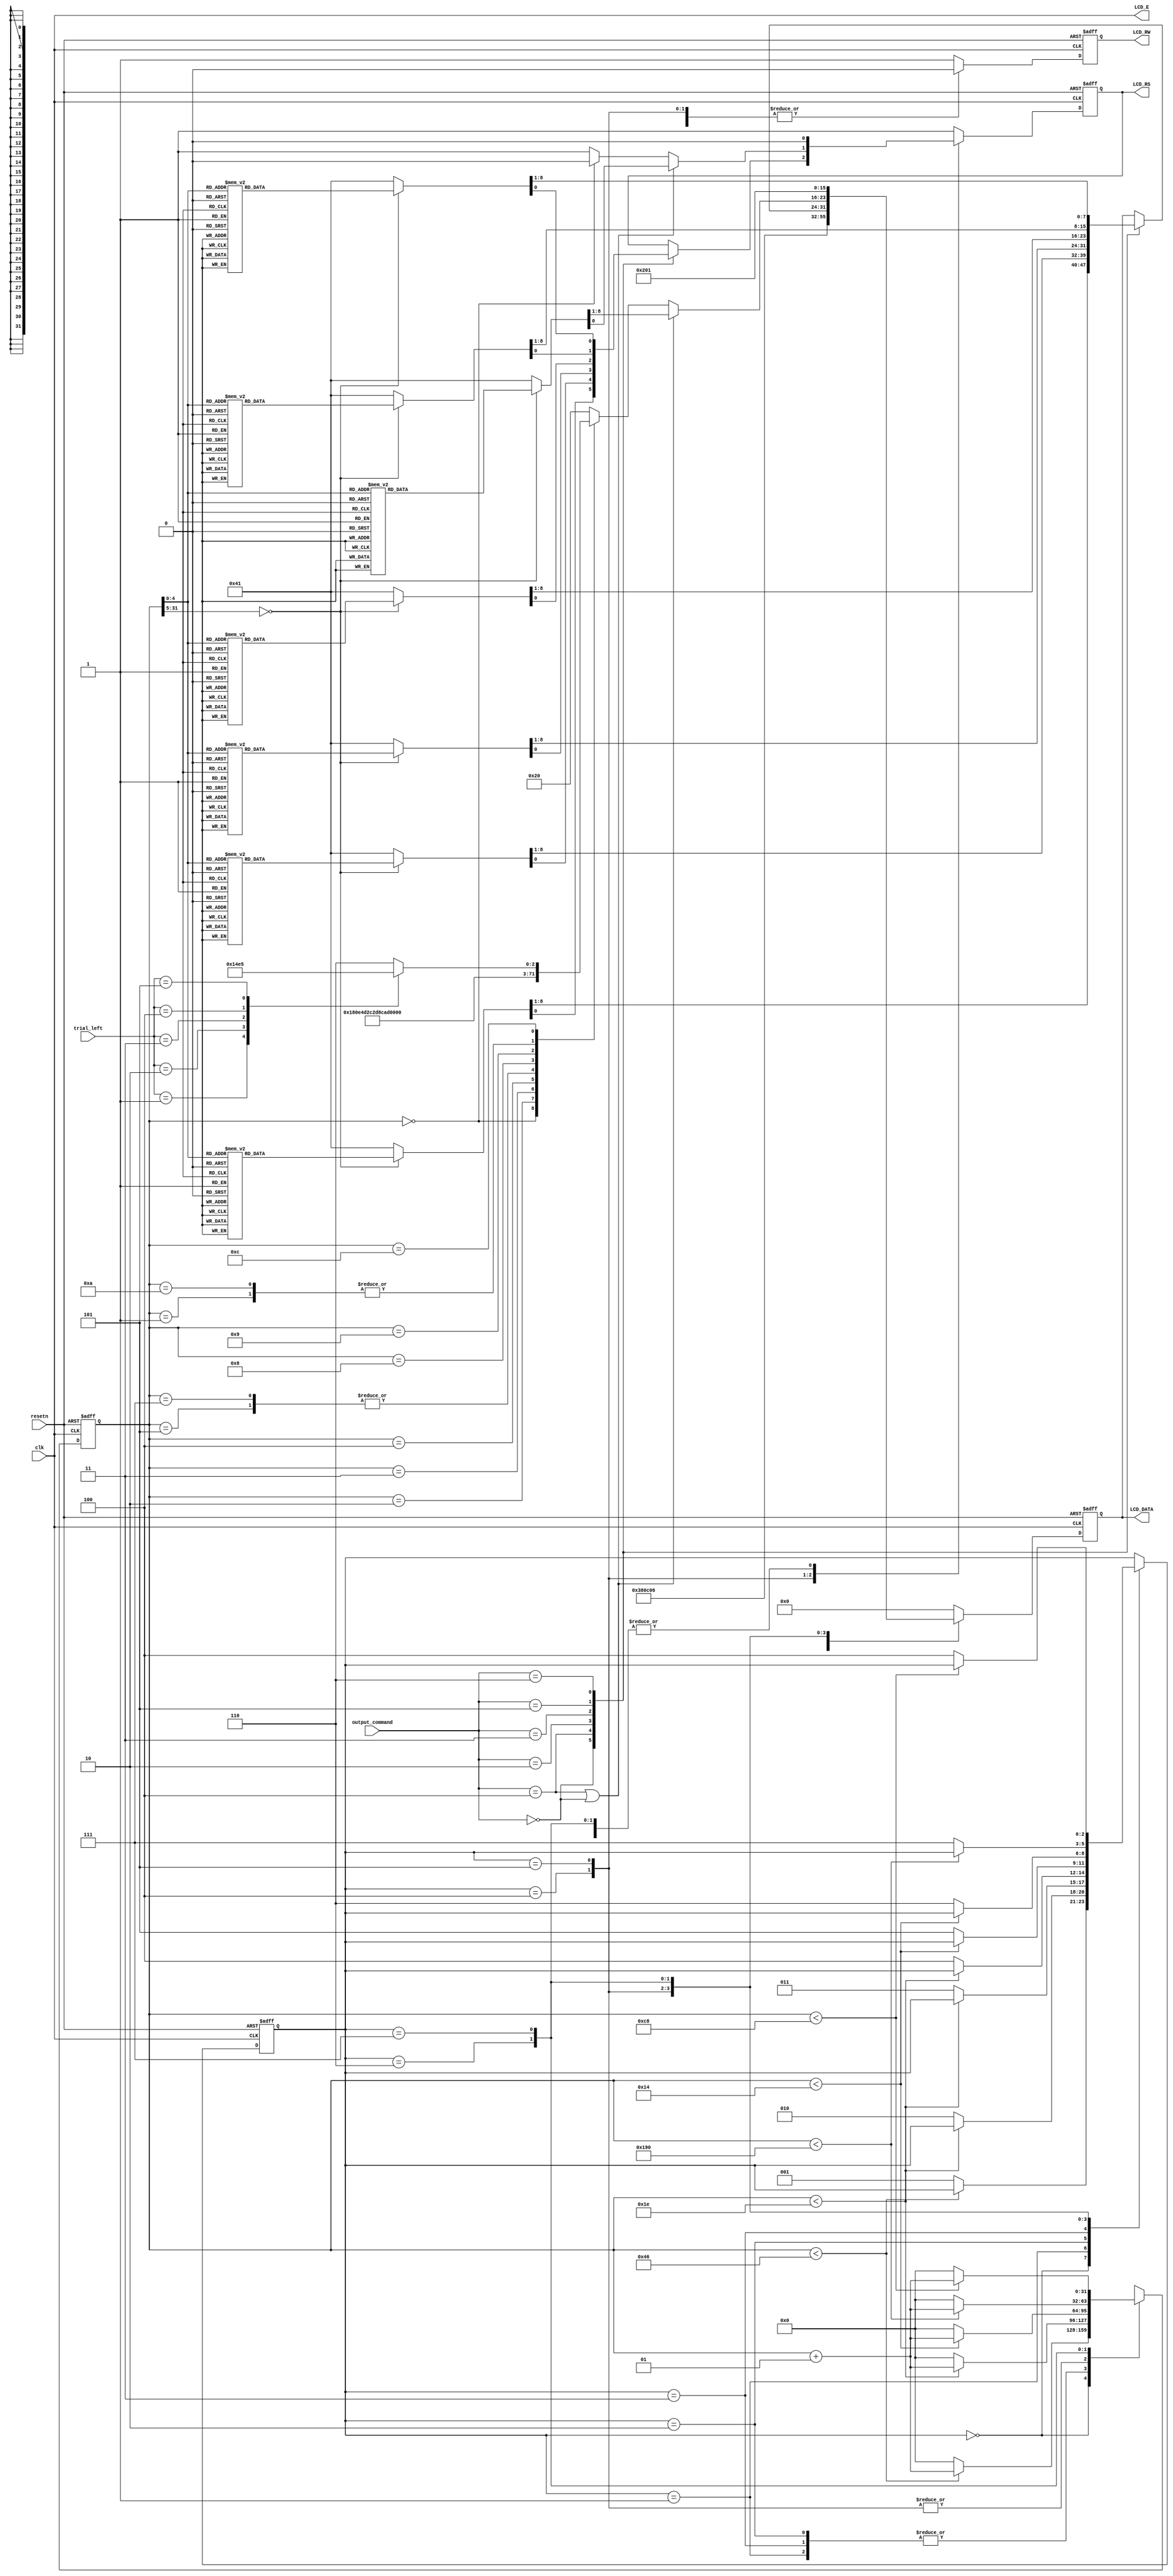

module textlcd(resetn,clk,output_command,LCD_E,LCD_RS,LCD_RW,LCD_DATA, trial_left);

input resetn,clk;
input [2:0] output_command;    // 000 : correct!, 
                               // 100 : game failed!,
                               // 010 : up, 
                               // 011 : down,
                               // 101 : game start!
                               // 110 : enter any number
input [31:0] trial_left; 
output LCD_E,LCD_RS,LCD_RW;
output [7:0]LCD_DATA;

wire LCD_E;
reg LCD_RS,LCD_RW;
reg [7:0] LCD_DATA;
reg [2:0] state;

parameter   delay          =3'b000, 
            function_set   =3'b001,
            entry_mode     =3'b010,
            disp_onoff     =3'b011,
            line1          =3'b100,  
            line2          =3'b101,
            delay_t        =3'b110,
            clear_disp     =3'b111;

integer CNT;

always @(negedge resetn or posedge clk)
begin
   if(!resetn) state = delay;
   else begin
    // TODO: change state
    case(state)
        delay :         if(!(CNT<70))  begin state <= function_set;  end
        function_set :  if(!(CNT<30))  begin state <= entry_mode;  end
        entry_mode :    if(!(CNT<30))  begin state <= disp_onoff;  end
        disp_onoff :    if(!(CNT<30))  begin state <= line1;  end
        line1 :         if(!(CNT<20))  begin state <= line2;  end
        line2 :         if(!(CNT<20))  begin state <= delay_t;  end
        delay_t :       if(!(CNT<400)) begin state <= clear_disp;  end
        clear_disp :    if(!(CNT<200)) begin state <= line1;  end
    endcase
   end
end


always @(negedge resetn or posedge clk)
begin
   if(!resetn) CNT=0;
   else
    // TODO: count up CNT
    
	 case(state)
		delay :    begin    
			if(!(CNT<70))  begin CNT = 0;  end 
			else begin CNT = CNT+1; end 
		end
        function_set : begin  if(!(CNT<30))  begin CNT = 0;  end else begin CNT = CNT+1; end end
        entry_mode : begin   if(!(CNT<30))  begin CNT = 0;  end else begin CNT = CNT+1; end end
        disp_onoff :  begin  if(!(CNT<30))  begin CNT = 0;  end else begin CNT = CNT+1; end end
        line1 :     begin    if(!(CNT<20))  begin CNT = 0;  end else begin CNT = CNT+1; end end
        line2 :      begin   if(!(CNT<20))  begin CNT = 0;  end else begin CNT = CNT+1; end end
        delay_t :    begin   if(!(CNT<400)) begin CNT = 0;  end else begin CNT = CNT+1; end end
        clear_disp : begin   if(!(CNT<200)) begin CNT = 0;  end else begin CNT = CNT+1; end end
		  
	endcase
	$display(CNT);
end




always @(negedge resetn or posedge clk)
begin
    if(!resetn) 
    begin
        LCD_RS=1'b1;
        LCD_RW=1'b1;
        LCD_DATA=8'b00000000;
    end
    else
    begin   
        case(state)
        function_set:    
        begin
            LCD_RS=1'b0;
            LCD_RW=1'b0;
            LCD_DATA=8'b00111000;
        end
        disp_onoff:      
        begin
            LCD_RS=1'b0;
            LCD_RW=1'b0;
            LCD_DATA=8'b00001100;
        end
        entry_mode:      
        begin
            LCD_RS=1'b0;
            LCD_RW=1'b0;
            LCD_DATA=8'b00000110;
        end
        line1:         
        begin
            LCD_RW=1'b0;
            case(output_command)
            3'b000 : begin // correct!
                case(CNT)
                    0:      begin LCD_RS = 1'b0;      LCD_DATA=8'b10000000;/*address*/ end
                    1:      begin LCD_RS = 1'b1;      LCD_DATA=8'b01000011;/*C*/ end // U
                    2:      begin LCD_RS = 1'b1;      LCD_DATA=8'b01101111;/*o*/ end // P
                    3:      begin LCD_RS = 1'b1;      LCD_DATA=8'b01110010;/*r*/ end
                    4:      begin LCD_RS = 1'b1;      LCD_DATA=8'b01110010;/*r*/ end
                    5:      begin LCD_RS = 1'b1;      LCD_DATA=8'b01100101;/*e*/ end
                    6:      begin LCD_RS = 1'b1;      LCD_DATA=8'b01100011;/*c*/ end
                    7:      begin LCD_RS = 1'b1;      LCD_DATA=8'b01110100;/*t*/ end
                    8:      begin LCD_RS = 1'b1;      LCD_DATA=8'b00100001;/*!*/ end
                    9:      begin LCD_RS = 1'b1;      LCD_DATA=8'b00100000;/**/ end
                    10:     begin LCD_RS = 1'b1;      LCD_DATA=8'b00100000;/**/ end
                    11:     begin LCD_RS = 1'b1;      LCD_DATA=8'b00100000;/**/ end
                    12:     begin LCD_RS = 1'b1;      LCD_DATA=8'b00100000;/**/ end
                    13:     begin LCD_RS = 1'b1;      LCD_DATA=8'b00100000;/**/ end
                    14:     begin LCD_RS = 1'b1;      LCD_DATA=8'b00100000;/**/ end
                    15:     begin LCD_RS = 1'b1;      LCD_DATA=8'b00100000;/**/ end
                    16:     begin LCD_RS = 1'b1;      LCD_DATA=8'b00100000;/**/ end
                    default:begin LCD_RS = 1'b1;      LCD_DATA=8'b00100000;/**/ end
                endcase
            end
            3'b100 : begin // game failed!
                case(CNT)
                    0:      begin LCD_RS = 1'b0;      LCD_DATA=8'b10000000;/*address*/ end
                    1:      begin LCD_RS = 1'b1;      LCD_DATA=8'b01100111;/*g*/ end
                    2:      begin LCD_RS = 1'b1;      LCD_DATA=8'b01100001;/*a*/ end
                    3:      begin LCD_RS = 1'b1;      LCD_DATA=8'b01101101;/*m*/ end
                    4:      begin LCD_RS = 1'b1;      LCD_DATA=8'b01100101;/*e*/ end
                    5:      begin LCD_RS = 1'b1;      LCD_DATA=8'b00100000;/**/ end
                    6:      begin LCD_RS = 1'b1;      LCD_DATA=8'b01100110;/*f*/ end
                    7:      begin LCD_RS = 1'b1;      LCD_DATA=8'b01100001;/*a*/ end
                    8:      begin LCD_RS = 1'b1;      LCD_DATA=8'b01101001;/*i*/ end
                    9:      begin LCD_RS = 1'b1;      LCD_DATA=8'b01101100;/*l*/ end
                    10:     begin LCD_RS = 1'b1;      LCD_DATA=8'b01100101;/*e*/ end
                    11:     begin LCD_RS = 1'b1;      LCD_DATA=8'b01100100;/*d*/ end
                    12:     begin LCD_RS = 1'b1;      LCD_DATA=8'b00100001;/*!*/ end
                    13:     begin LCD_RS = 1'b1;      LCD_DATA=8'b00100000;/**/ end
                    14:     begin LCD_RS = 1'b1;      LCD_DATA=8'b00100000;/**/ end
                    15:     begin LCD_RS = 1'b1;      LCD_DATA=8'b00100000;/**/ end
                    16:     begin LCD_RS = 1'b1;      LCD_DATA=8'b00100000;/**/ end
                    default:begin LCD_RS = 1'b1;      LCD_DATA=8'b00100000;/**/ end
                endcase
            end
            3'b010 : begin // up
                case(CNT)
                    0:      begin LCD_RS = 1'b0;      LCD_DATA=8'b10000000;/*address*/ end
                    1:      begin LCD_RS = 1'b1;      LCD_DATA=8'b01010101;/*U*/ end // U
                    2:      begin LCD_RS = 1'b1;      LCD_DATA=8'b01010000;/*P*/ end // P
                    3:      begin LCD_RS = 1'b1;      LCD_DATA=8'b00100000;/**/ end
                    4:      begin LCD_RS = 1'b1;      LCD_DATA=8'b00100000;/**/ end
                    5:      begin LCD_RS = 1'b1;      LCD_DATA=8'b00100000;/**/ end
                    6:      begin LCD_RS = 1'b1;      LCD_DATA=8'b00100000;/**/ end
                    7:      begin LCD_RS = 1'b1;      LCD_DATA=8'b00100000;/**/ end
                    8:      begin LCD_RS = 1'b1;      LCD_DATA=8'b00100000;/**/ end
                    9:      begin LCD_RS = 1'b1;      LCD_DATA=8'b00100000;/**/ end
                    10:     begin LCD_RS = 1'b1;      LCD_DATA=8'b00100000;/**/ end
                    11:     begin LCD_RS = 1'b1;      LCD_DATA=8'b00100000;/**/ end
                    12:     begin LCD_RS = 1'b1;      LCD_DATA=8'b00100000;/**/ end
                    13:     begin LCD_RS = 1'b1;      LCD_DATA=8'b00100000;/**/ end
                    14:     begin LCD_RS = 1'b1;      LCD_DATA=8'b00100000;/**/ end
                    15:     begin LCD_RS = 1'b1;      LCD_DATA=8'b00100000;/**/ end
                    16:     begin LCD_RS = 1'b1;      LCD_DATA=8'b00100000;/**/ end
                    default:begin LCD_RS = 1'b1;      LCD_DATA=8'b00100000;/**/ end
                endcase
            end
            3'b011 : begin // down
                case(CNT)
                    0:      begin LCD_RS = 1'b0;      LCD_DATA=8'b10000000;/*address*/ end
                    1:      begin LCD_RS = 1'b1;      LCD_DATA=8'b01000100;/*D*/ end
                    2:      begin LCD_RS = 1'b1;      LCD_DATA=8'b01001111;/*O*/ end
                    3:      begin LCD_RS = 1'b1;      LCD_DATA=8'b01010111;/*W*/ end
                    4:      begin LCD_RS = 1'b1;      LCD_DATA=8'b01001110;/*N*/ end
                    5:      begin LCD_RS = 1'b1;      LCD_DATA=8'b00100000;/**/ end
                    6:      begin LCD_RS = 1'b1;      LCD_DATA=8'b00100000;/**/ end
                    7:      begin LCD_RS = 1'b1;      LCD_DATA=8'b00100000;/**/ end
                    8:      begin LCD_RS = 1'b1;      LCD_DATA=8'b00100000;/**/ end
                    9:      begin LCD_RS = 1'b1;      LCD_DATA=8'b00100000;/**/ end
                    10:     begin LCD_RS = 1'b1;      LCD_DATA=8'b00100000;/**/ end
                    11:     begin LCD_RS = 1'b1;      LCD_DATA=8'b00100000;/**/ end
                    12:     begin LCD_RS = 1'b1;      LCD_DATA=8'b00100000;/**/ end
                    13:     begin LCD_RS = 1'b1;      LCD_DATA=8'b00100000;/**/ end
                    14:     begin LCD_RS = 1'b1;      LCD_DATA=8'b00100000;/**/ end
                    15:     begin LCD_RS = 1'b1;      LCD_DATA=8'b00100000;/**/ end
                    16:     begin LCD_RS = 1'b1;      LCD_DATA=8'b00100000;/**/ end
                    default:begin LCD_RS = 1'b1;      LCD_DATA=8'b00100000;/**/ end
                endcase
            end
            3'b101 : begin // game start!
                case(CNT)
                    0:      begin LCD_RS = 1'b0;      LCD_DATA=8'b10000000;/*address*/ end
                    1:      begin LCD_RS = 1'b1;      LCD_DATA=8'b01100111;/*g*/ end
                    2:      begin LCD_RS = 1'b1;      LCD_DATA=8'b01100001;/*a*/ end
                    3:      begin LCD_RS = 1'b1;      LCD_DATA=8'b01101101;/*m*/ end
                    4:      begin LCD_RS = 1'b1;      LCD_DATA=8'b01100101;/*e*/ end
                    5:      begin LCD_RS = 1'b1;      LCD_DATA=8'b00100000;/**/ end
                    6:      begin LCD_RS = 1'b1;      LCD_DATA=8'b01110011;/*s*/ end
                    7:      begin LCD_RS = 1'b1;      LCD_DATA=8'b01110100;/*t*/ end
                    8:      begin LCD_RS = 1'b1;      LCD_DATA=8'b01100001;/*a*/ end
                    9:      begin LCD_RS = 1'b1;      LCD_DATA=8'b01110010;/*r*/ end
                    10:     begin LCD_RS = 1'b1;      LCD_DATA=8'b01110100;/*t*/ end
                    11:     begin LCD_RS = 1'b1;      LCD_DATA=8'b00100001;/*!*/ end
                    12:     begin LCD_RS = 1'b1;      LCD_DATA=8'b00100000;/**/ end
                    13:     begin LCD_RS = 1'b1;      LCD_DATA=8'b00100000;/**/ end
                    14:     begin LCD_RS = 1'b1;      LCD_DATA=8'b00100000;/**/ end
                    15:     begin LCD_RS = 1'b1;      LCD_DATA=8'b00100000;/**/ end
                    16:     begin LCD_RS = 1'b1;      LCD_DATA=8'b00100000;/**/ end
                    default:begin LCD_RS = 1'b1;      LCD_DATA=8'b00100000;/**/ end
                endcase
            end
            3'b110 : begin // enter any number
                case(CNT)
                    0:      begin LCD_RS = 1'b0;      LCD_DATA=8'b10000000;/*address*/ end
                    1:      begin LCD_RS = 1'b1;      LCD_DATA=8'b01100101;/*e*/ end
                    2:      begin LCD_RS = 1'b1;      LCD_DATA=8'b01101110;/*n*/ end
                    3:      begin LCD_RS = 1'b1;      LCD_DATA=8'b01110100;/*t*/ end
                    4:      begin LCD_RS = 1'b1;      LCD_DATA=8'b01100101;/*e*/ end
                    5:      begin LCD_RS = 1'b1;      LCD_DATA=8'b01110010;/*r*/ end
                    6:      begin LCD_RS = 1'b1;      LCD_DATA=8'b00100000;/**/ end
                    7:      begin LCD_RS = 1'b1;      LCD_DATA=8'b01100001;/*a*/ end
                    8:      begin LCD_RS = 1'b1;      LCD_DATA=8'b01101110;/*n*/ end
                    9:      begin LCD_RS = 1'b1;      LCD_DATA=8'b01111001;/*y*/ end
                    10:     begin LCD_RS = 1'b1;      LCD_DATA=8'b00100000;/**/ end
                    11:     begin LCD_RS = 1'b1;      LCD_DATA=8'b01101110;/*n*/ end
                    12:     begin LCD_RS = 1'b1;      LCD_DATA=8'b01110101;/*u*/ end
                    13:     begin LCD_RS = 1'b1;      LCD_DATA=8'b01101101;/*m*/ end
                    14:     begin LCD_RS = 1'b1;      LCD_DATA=8'b01100010;/*b*/ end
                    15:     begin LCD_RS = 1'b1;      LCD_DATA=8'b01100101;/*e*/ end
                    16:     begin LCD_RS = 1'b1;      LCD_DATA=8'b01110010;/*r*/ end
                    default:begin LCD_RS = 1'b1;      LCD_DATA=8'b00100000;/**/ end
                endcase
            end
            endcase
        end
        line2:         begin
            LCD_RW=1'b0;
				if(output_command == 3'b100 || output_command == 3'b000) begin 
                case(CNT)
                    0:      begin LCD_RS = 1'b0;      LCD_DATA=8'b11000000;/*address*/ end
                    1:      begin LCD_RS = 1'b1;      LCD_DATA=8'b01110010;/*r*/ end
                    2:      begin LCD_RS = 1'b1;      LCD_DATA=8'b01100101;/*e*/ end 
                    3:      begin LCD_RS = 1'b1;      LCD_DATA=8'b01110100;/*t*/ end
                    4:      begin LCD_RS = 1'b1;      LCD_DATA=8'b01110010;/*r*/ end
                    5:      begin LCD_RS = 1'b1;      LCD_DATA=8'b01111001;/*y*/ end
                    6:      begin LCD_RS = 1'b1;      LCD_DATA=8'b00111111;/*?*/ end
                    7:      begin LCD_RS = 1'b1;      LCD_DATA=8'b00100000;/**/ end
                    8:      begin LCD_RS = 1'b1;      LCD_DATA=8'b00100000;/**/ end
                    9:      begin LCD_RS = 1'b1;      LCD_DATA=8'b00100000;/**/ end
                    10:     begin LCD_RS = 1'b1;      LCD_DATA=8'b00100000;/**/ end
                    11:     begin LCD_RS = 1'b1;      LCD_DATA=8'b00100000;/**/ end
                    12:     begin LCD_RS = 1'b1;      LCD_DATA=8'b00100000;/**/ end
                    13:     begin LCD_RS = 1'b1;      LCD_DATA=8'b00100000;/**/ end
                    14:     begin LCD_RS = 1'b1;      LCD_DATA=8'b00100000;/**/ end
                    15:     begin LCD_RS = 1'b1;      LCD_DATA=8'b00100000;/**/ end
                    16:     begin LCD_RS = 1'b1;      LCD_DATA=8'b00100000;/**/ end
                    default:begin LCD_RS = 1'b1;      LCD_DATA=8'b00100000;/**/ end
                endcase
				end 
				else begin
					case(CNT)
						 0:      begin LCD_RS=1'b0;        LCD_DATA=8'b11000000;/*address*/ end
						 1:      begin LCD_RS = 1'b1;      LCD_DATA=8'b01110100;/*t*/ end
						 2:      begin LCD_RS = 1'b1;      LCD_DATA=8'b01110010;/*r*/ end
						 3:      begin LCD_RS = 1'b1;      LCD_DATA=8'b01101001;/*i*/ end
						 4:      begin LCD_RS = 1'b1;      LCD_DATA=8'b01100001;/*a*/ end
						 5:      begin LCD_RS = 1'b1;      LCD_DATA=8'b01101100;/*l*/ end
						 6:      begin LCD_RS = 1'b1;      LCD_DATA=8'b00100000;/* */ end
						 7:      begin LCD_RS = 1'b1;      LCD_DATA=8'b01101100;/*l*/ end
						 8:      begin LCD_RS = 1'b1;      LCD_DATA=8'b01100101;/*e*/ end
						 9:      begin LCD_RS = 1'b1;      LCD_DATA=8'b01100110;/*f*/ end
						 10:     begin LCD_RS = 1'b1;      LCD_DATA=8'b01110100;/*t*/ end
						 11:     begin LCD_RS = 1'b1;      LCD_DATA=8'b00100000;/* */ end
							  /*  */
						 12:     begin LCD_RS = 1'b1;      
									case(trial_left)
										1:				LCD_DATA=8'b00110001;
										2: 			LCD_DATA=8'b00110010;
										3: 			LCD_DATA=8'b00110011;
										4: 			LCD_DATA=8'b00110100;
										5: 			LCD_DATA=8'b00110101;
										default: 	LCD_DATA=8'b00110110;
									endcase 
						 end
						 default: begin LCD_RS = 1'b1; 		LCD_DATA=8'b00100000; end
					endcase
				end
				
        end
        delay_t:         
        begin
            LCD_RS=1'b0;
            LCD_RW=1'b0;
            LCD_DATA=8'b00000010;
        end
        clear_disp:    
        begin
            LCD_RS=1'b0;
            LCD_RW=1'b0;
            LCD_DATA=8'b00000001;
        end
        default:         
        begin
            LCD_RS=1'b1;
            LCD_RW=1'b1;
            LCD_DATA=8'b00000000;
        end
        endcase
    end
end

assign LCD_E=clk;

endmodule